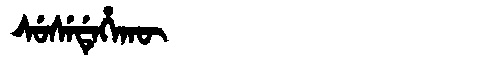
Manchu: ᠰᡠᠰᡝᡩᡝᡥᠠᡴᡡ
Romanization: SUSEDEHAKŪ